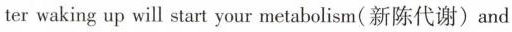
ter waking up will start your metabolism(新陈代谢)and